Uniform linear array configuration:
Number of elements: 32
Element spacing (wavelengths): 0.5
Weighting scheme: kaiser
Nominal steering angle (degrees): -15
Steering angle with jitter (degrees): -13.505
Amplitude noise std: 0.05
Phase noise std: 0.05

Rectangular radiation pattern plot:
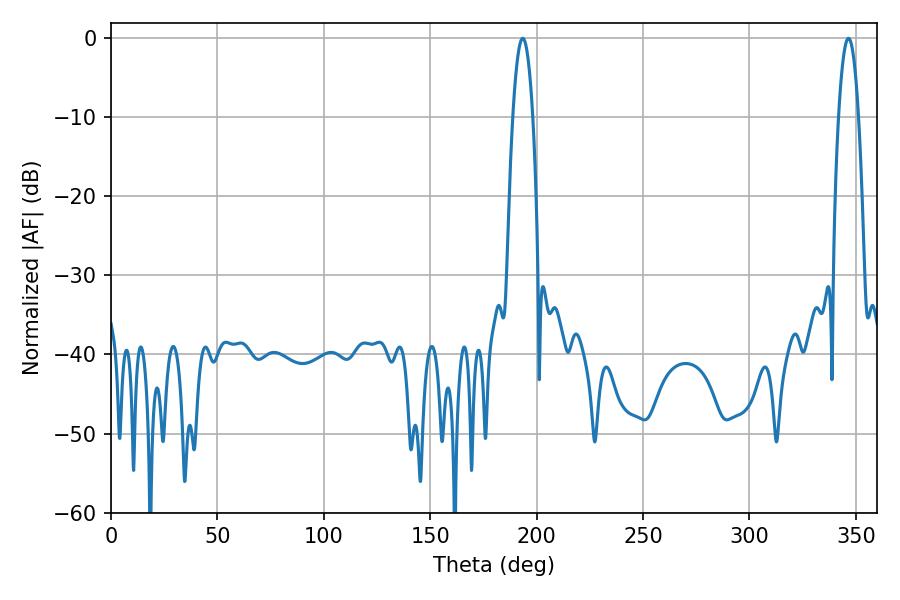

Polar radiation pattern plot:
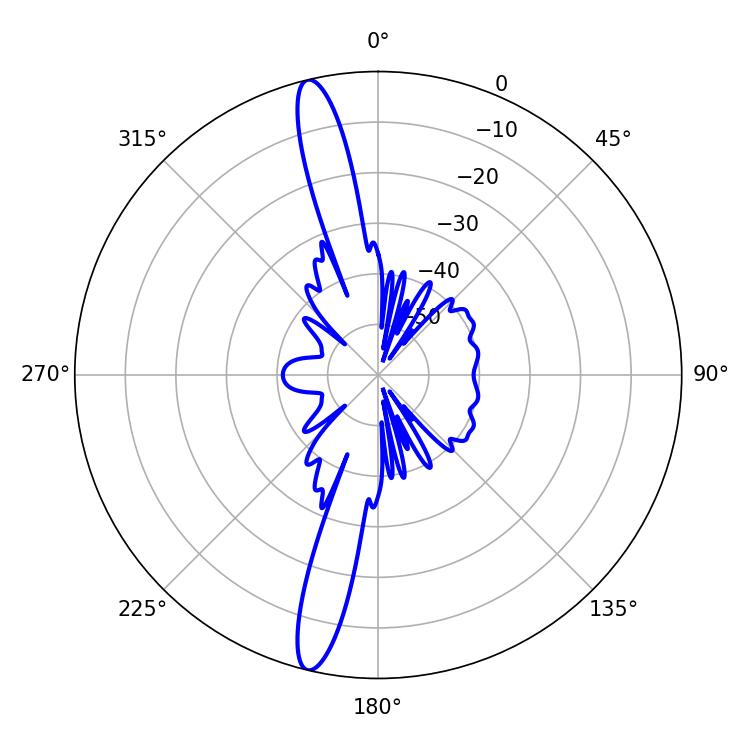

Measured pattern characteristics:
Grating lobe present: FALSE
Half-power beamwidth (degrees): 5.04
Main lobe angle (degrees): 193.5